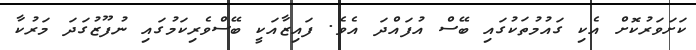
ކަށަވަރުކޮށް އެކި ގައުމުތަކުގައި ބޭސް އުފައްދަ އެވެ. ފައިޒާއަކީ ބޭސްވެރިކަމުގައި ނުފޫޒުގަދަ މަރުކާ